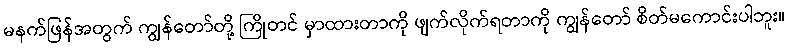
မနက်ဖြန်အတွက် ကျွန်တော်တို့ ကြိုတင် မှာထားတာကို ဖျက်လိုက်ရတာကို ကျွန်တော် စိတ်မကောင်းပါဘူး။